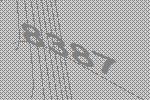
8387